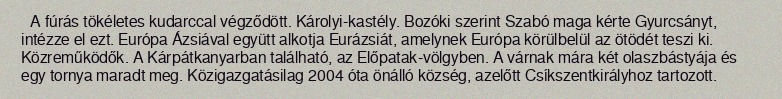
A fúrás tökéletes kudarccal végződött. Károlyi-kastély. Bozóki szerint Szabó maga kérte Gyurcsányt, intézze el ezt. Európa Ázsiával együtt alkotja Eurázsiát, amelynek Európa körülbelül az ötödét teszi ki. Közreműködők. A Kárpátkanyarban található, az Előpatak-völgyben. A várnak mára két olaszbástyája és egy tornya maradt meg. Közigazgatásilag 2004 óta önálló község, azelőtt Csíkszentkirályhoz tartozott.